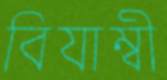
বিযাম্বী